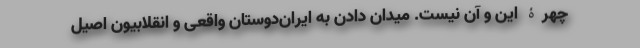
چهرۀ این و آن نیست. میدان دادن به ایران‌دوستان واقعی و انقلابیون اصیل